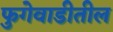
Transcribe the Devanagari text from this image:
फुगेवाडीतील